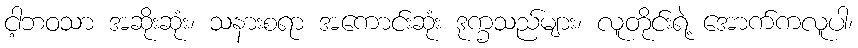
ငါ့ဘဝသာ အဆိုးဆုံး၊ သနားစရာ အကောင်းဆုံး ဒုက္ခသည်များ၊ လူတိုင်းရဲ့ အောက်ကလူပါ၊